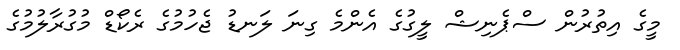
މީގެ އިތުރުން ސްޕެނިޝް ލީގުގެ އެންމެ ގިނަ ލަނޑު ޖެހުމުގެ ރެކޯޑް މުގުރާލުމުގެ